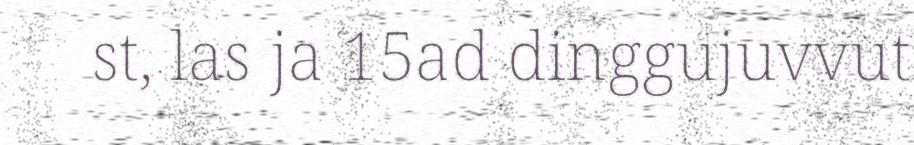
st, las ja 15ad dinggujuvvut